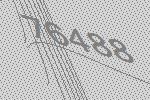
76488